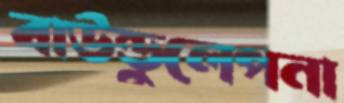
বাউন্ডুলেপনা